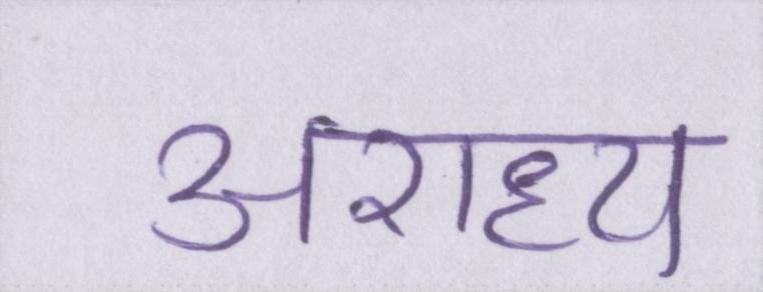
अराध्य